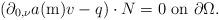
LaTeX: \begin{align*}\left(\partial_{0,\nu}a(\mathrm{m})v-q\right)\cdot N=0\mbox{ on }\partial\Omega.\end{align*}